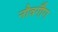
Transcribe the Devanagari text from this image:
नौवगौँग